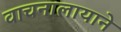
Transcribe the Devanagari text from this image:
वाचनालायाने